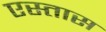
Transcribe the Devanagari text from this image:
एस्तास